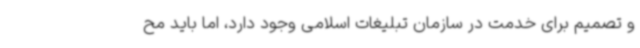
و تصمیم برای خدمت در سازمان تبلیغات اسلامی وجود دارد، اما باید مح